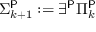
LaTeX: \Sigma _ { k + 1 } ^ { \mathsf { P } } : = \exists ^ { \mathsf { P } } \Pi _ { k } ^ { \mathsf { P } }